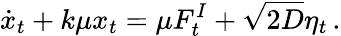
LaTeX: \dot{x}_{t}+k\mu x_{t}=\mu F_{t}^{I}+\sqrt{2D}\eta_{t}\, .